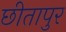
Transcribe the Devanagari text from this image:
छीतापुर